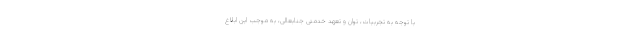
با توجه به تجربیات، توان و تعهد خدمتی جنابعالی، به موجب این ابلاغ